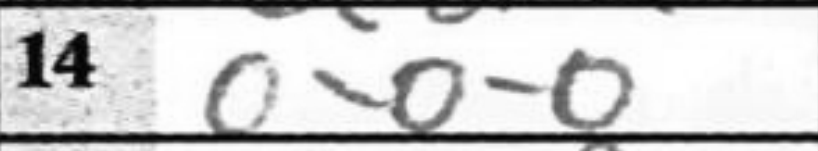
Transcription: O-O-O